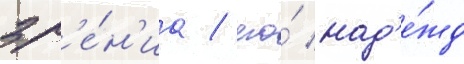
зр'е́н'иа / его́ над'е́жд